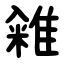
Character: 䨀